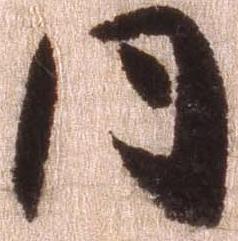
同